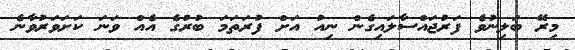
މިރޭ ބަލިނުވެ ފަރުޖައްސާލައިގެން ނިއު އަށް ފުރަތަމަ ބުރުގެ އެއް ވަނަ ކަށަވަރުވާނެ